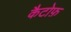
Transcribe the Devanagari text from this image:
कैटोफ़